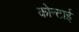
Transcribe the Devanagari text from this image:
कोन्टाई